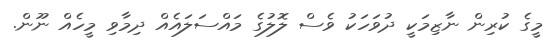
މީގެ ކުރިން ނާޒިމަކީ ދުވަހަކު ވެސް ލޮލުގެ މައްސަލައެއް ދިމާވި މީހެއް ނޫން.